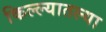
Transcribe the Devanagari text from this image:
किल्ल्यातल्या